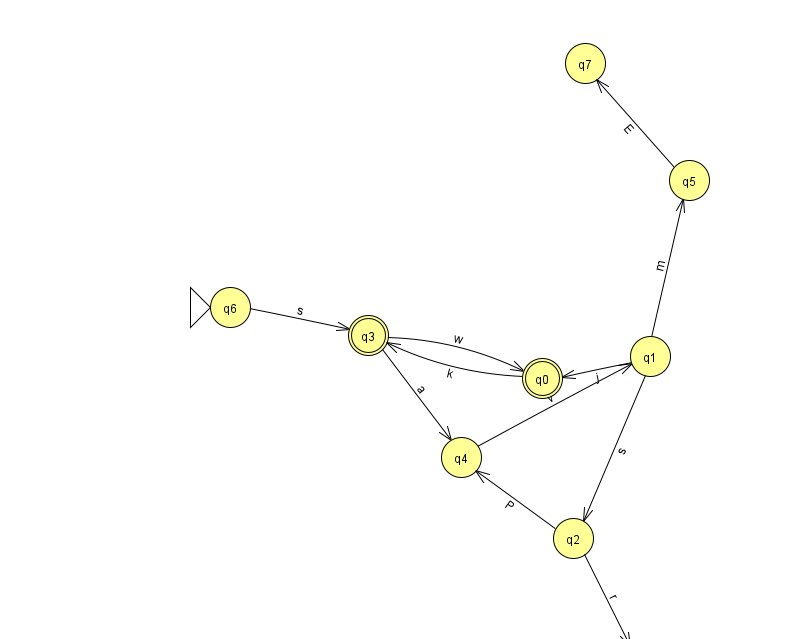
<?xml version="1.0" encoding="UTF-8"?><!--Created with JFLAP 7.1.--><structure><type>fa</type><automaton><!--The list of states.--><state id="0" name="q0"><x>542.0</x><y>365.0</y><final/></state><state id="1" name="q1"><x>650.0</x><y>343.0</y></state><state id="2" name="q2"><x>573.0</x><y>525.0</y></state><state id="3" name="q3"><x>368.0</x><y>322.0</y><final/></state><state id="4" name="q4"><x>461.0</x><y>444.0</y></state><state id="5" name="q5"><x>689.0</x><y>167.0</y></state><state id="6" name="q6"><x>230.0</x><y>294.0</y><initial/></state><state id="7" name="q7"><x>585.0</x><y>50.0</y></state><state id="8" name="q8"><x>636.0</x><y>651.0</y></state><!--The list of transitions.--><transition><from>5</from><to>7</to><read>E</read></transition><transition><from>4</from><to>1</to><read>v</read></transition><transition><from>0</from><to>3</to><read>k</read></transition><transition><from>6</from><to>3</to><read>s</read></transition><transition><from>1</from><to>5</to><read>m</read></transition><transition><from>2</from><to>8</to><read>r</read></transition><transition><from>1</from><to>0</to><read>j</read></transition><transition><from>1</from><to>2</to><read>s</read></transition><transition><from>3</from><to>0</to><read>w</read></transition><transition><from>3</from><to>4</to><read>a</read></transition><transition><from>2</from><to>4</to><read>P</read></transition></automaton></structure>